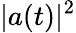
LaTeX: |a(t)|^{2}